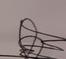
Signature authenticity: genuine